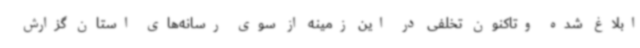
ابلاغ شده وتاکنون تخلفی در این زمینه از سوی رسانه‌های استان گزارش